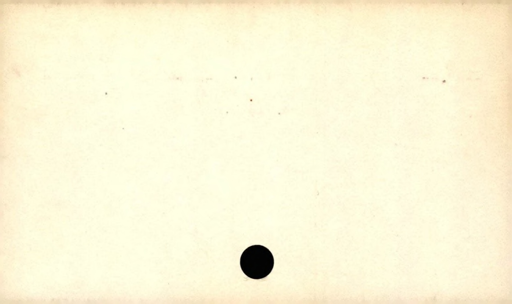
Label: blank